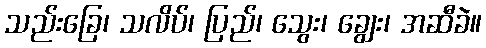
သည်းခြေ၊ သလိပ်၊ ပြည်၊ သွေး၊ ချွေး၊ အဆီခဲ။